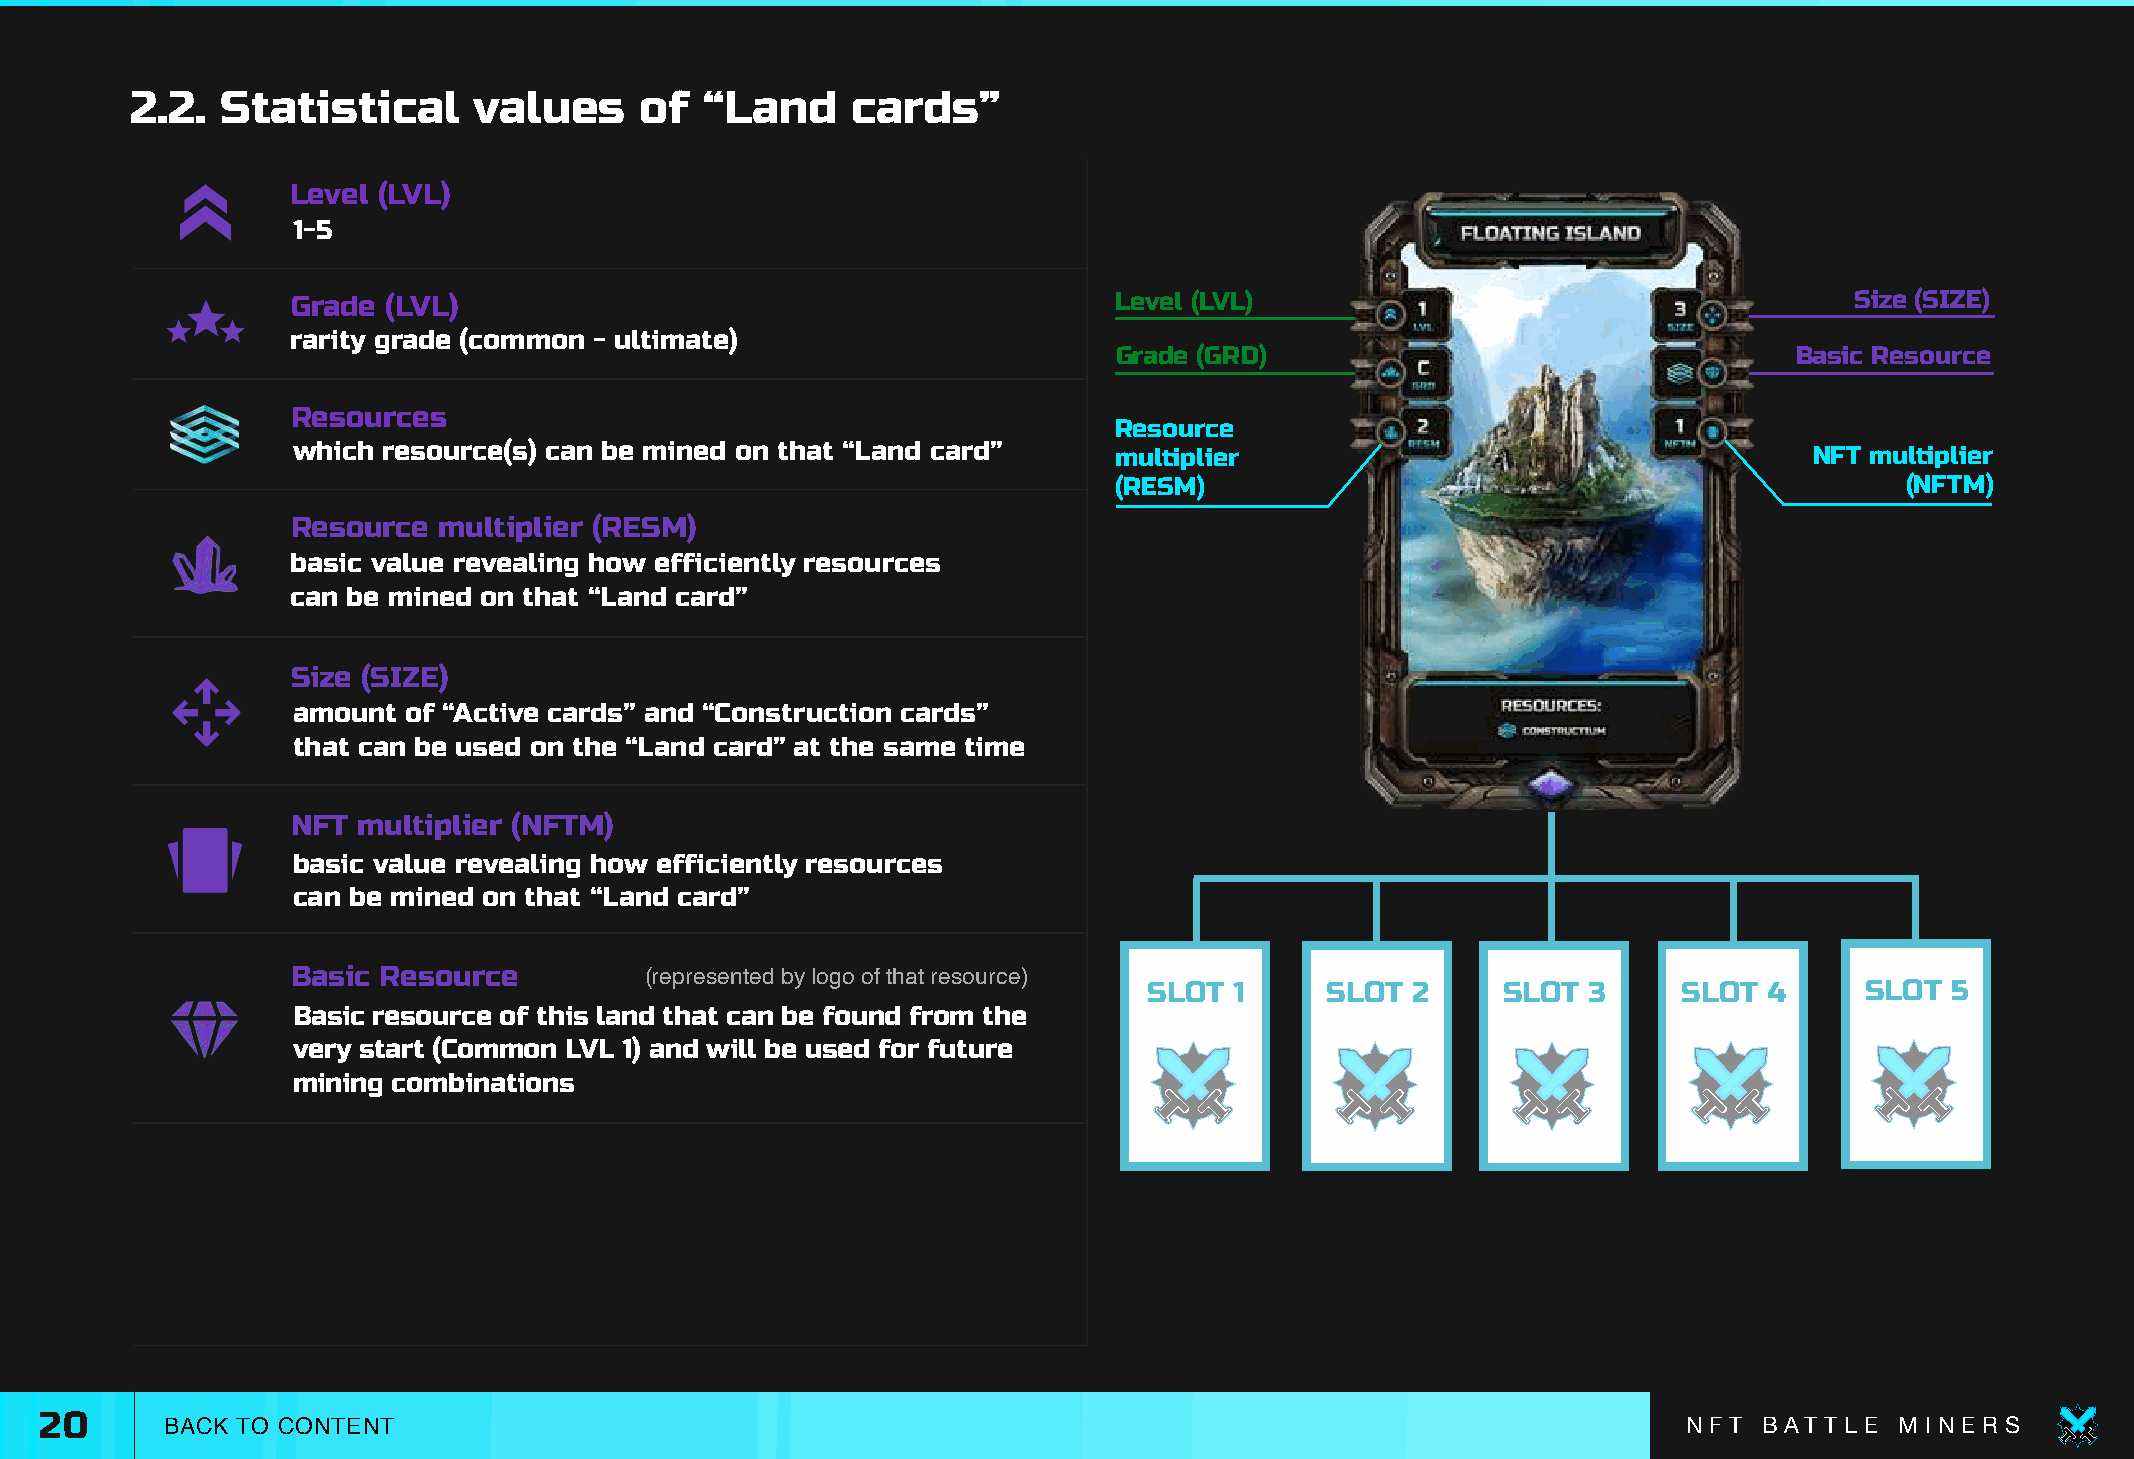
2.2.  Statistical     values     of   “Land    cards”
 Level (LVL)
 1-5
 Grade  (LVL)                                           Level (LVL)                                      Size (SIZE)
 rarity grade (common - ultimate)
 Grade (GRD)                                  Basic Resource
 Resources
 Resource
 which resource(s) can be mined on that “Land card”     multiplier                                    NFT multiplier
 (RESM)                                              (NFTM)
 Resource  multiplier (RESM)
 basic value revealing how efficiently resources
 can be mined on that “Land card”
 Size (SIZE)
 amount  of “Active cards” and “Construction cards”
 that can be used on the “Land card” at the same time
 NFT  multiplier (NFTM)
 basic value revealing how efficiently resources
 can be mined on that “Land card”
 Basic Resource          (represented by logo of that resource)
 SLOT  1     SLOT 2     SLOT  3     SLOT  4     SLOT  5
 Basic resource of this land that can be found from the
 very start (Common LVL 1) and will be used for future
 mining combinations
 20      BACK TO CONTENT                                                                                      N F T B AT T L E M I N E R S